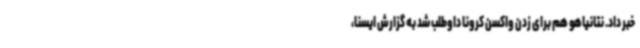
خبر داد. نتانیاهو هم برای زدن واکسن کرونا داوطلب شد به گزارش ایسنا،